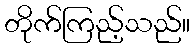
တိုက်ကြည့်သည်။